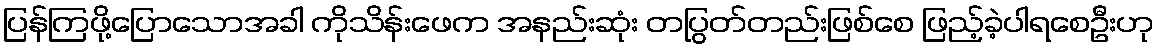
ပြန်ကြဖို့ပြောသောအခါ ကိုသိန်းဖေက အနည်းဆုံး တပြွတ်တည်းဖြစ်စေ ဖြည့်ခဲ့ပါရစေဦးဟု